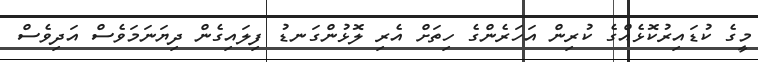
މީގެ ކުޑައިރުކޮޅެއްގެ ކުރިން އަހަރެންގެ ހިތަށް އެރި ލޮޅުންގަނޑު ފިލައިގެން ދިޔަނަމަވެސް އަދިވެސް